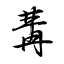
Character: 冓